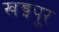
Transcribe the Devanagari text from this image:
खड्गपूर